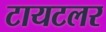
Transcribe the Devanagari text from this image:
टायटलर